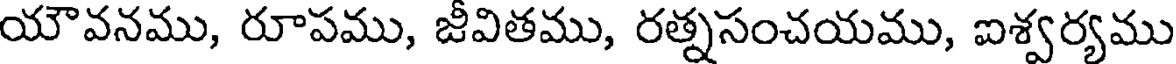
యౌవనము, రూపము, జీవితము, రత్నసంచయము, ఐశ్వర్యము